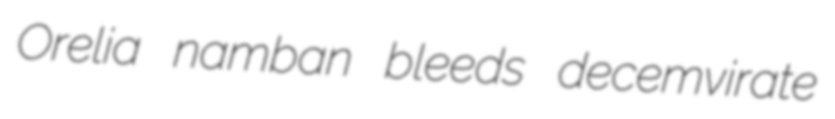
Orelia namban bleeds decemvirate